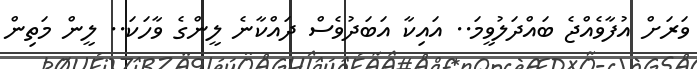
ވަރަށް އުފާވެއްޖެ ބައްދަލުވީމަ.. އައިކާ އަބަދުވެސް ދައްކާނެ ލީންގެ ވާހަކަ.. ލީން މަތިން